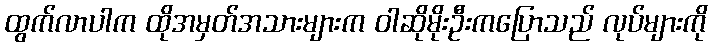
ထွက်လာပါက ထိုအမှတ်အသားများက ဝါဆိုမိုးဦးကပြောသည် လုပ်များကို